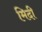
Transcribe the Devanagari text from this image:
मिदी